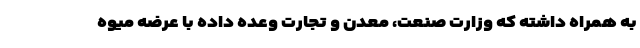
به همراه داشته که وزارت صنعت، معدن و تجارت وعده داده با عرضه میوه